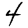
Digit: 4